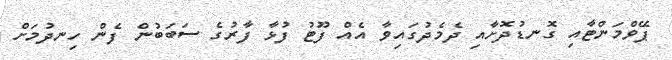
ޕޭވްމަންޓާއި ގޮނޑުދޮށާއި ދެމެދުގައިވާ އެއް ފޫޓު ފުޅާ ފާރުގެ ސަބަބުން ފެން ހިނދުމަށް